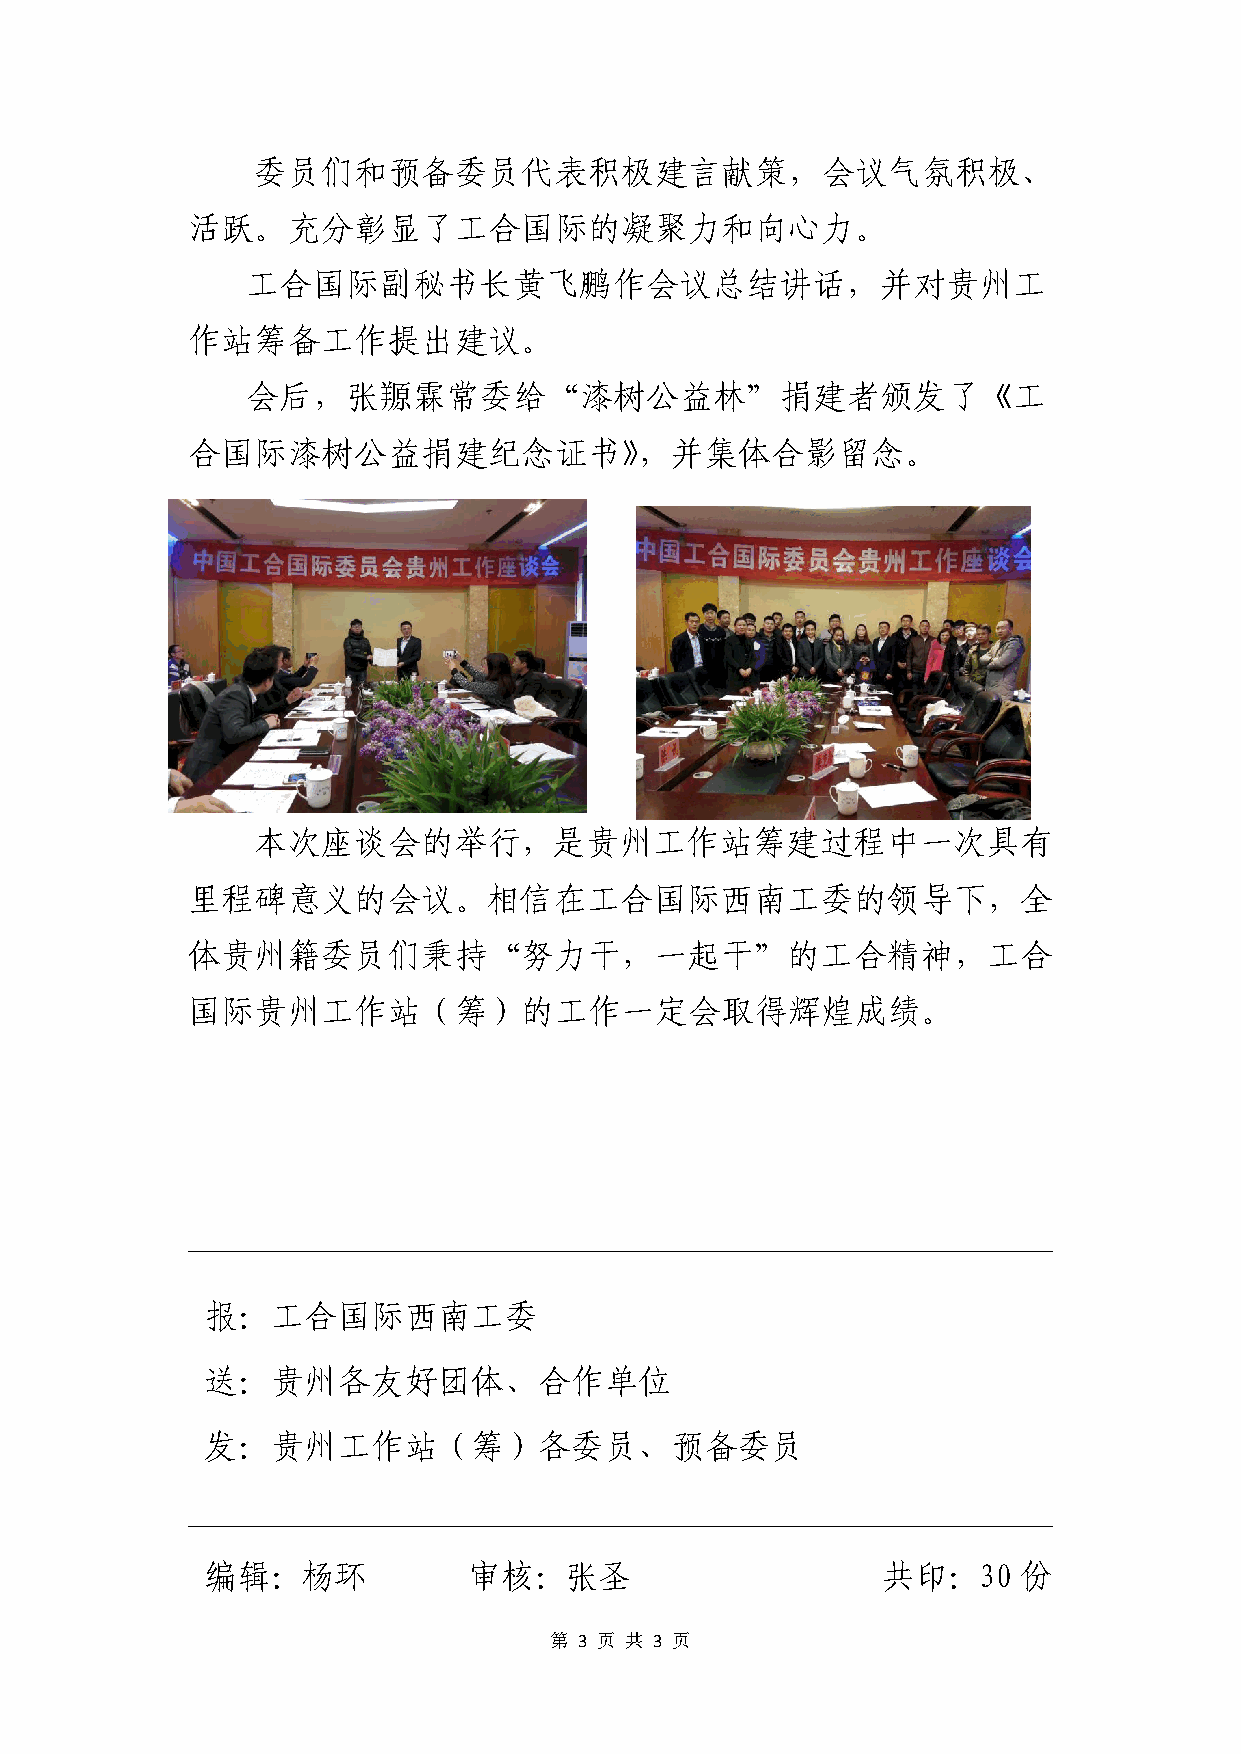
委员们和预备委员代表积极建言献策，会议气氛积极、
 活跃。充分彰显了工合国际的凝聚力和向心力。
 工合国际副秘书长黄飞鹏作会议总结讲话，并对贵州工
 作站筹备工作提出建议。
 会后，张羱霖常委给“漆树公益林”捐建者颁发了《工
 合国际漆树公益捐建纪念证书》，并集体合影留念。
 本次座谈会的举行，是贵州工作站筹建过程中一次具有
 里程碑意义的会议。相信在工合国际西南工委的领导下，全
 体贵州籍委员们秉持“努力干，一起干”的工合精神，工合
 国际贵州工作站（筹）的工作一定会取得辉煌成绩。
 报：工合国际西南工委
 送：贵州各友好团体、合作单位
 发：贵州工作站（筹）各委员、预备委员
 编辑：杨环            审核：张圣                      共印：30    份
 第 3 页 共 3 页